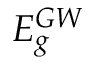
E _ { g } ^ { G W }